Leaving Certificate Examination, 1916
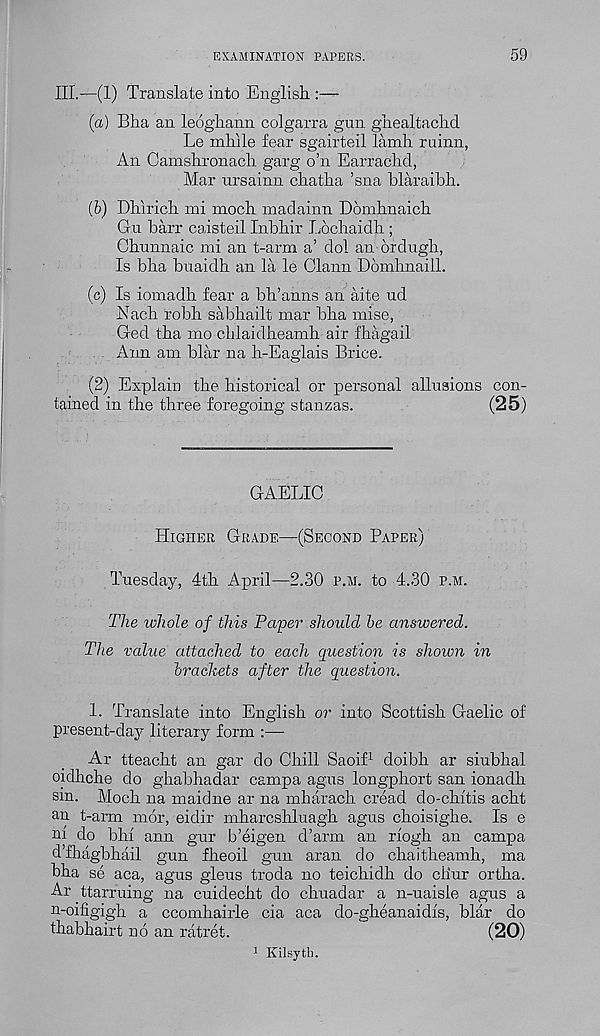
EXAMINATION PAPERS.
59
III.—(1) Translate into English.:—
(а) Bha an leoghann colgarra gun ghealtachd
Le mhile fear sgairteil lamh ruinn,
An Camshronach Igarg o’n Earrachd,
Mar ursainn chatha ’sna hlaraibh.
(б) Dhirich mi moch madainn Domhnaich
Gu barr caisteil Inbhir Lochaidh ;
Chunnaic mi an t-arm a’ dol an ordugh,
Is bha buaidh an la le Claim Domhnaill.
(c) Is iomadh fear a bh’anns an aite ud
Each robh sabhailt mar bha mise,
Ged tha mo chlaidheamh air fhagail
Ann am blar na h-Eaglais Brice.
(2) Explain the historical or personal allusions con-
tained in the three foregoing stanzas.
(25)
GAELIC
Higher Grade—(Second Paper)
Tuesday, 4th April—2.30 p.m. to 4.30 p.m.
The whole of this Pa'per should be answered.
The value attached to each question is shown in
brackets after the question.
1. Translate into English or into Scottish Gaelic of
present-day literary form :—-
Ar tteacht an gar do Chill Saoif 1 doibh ar siubhal
oidhche do ghabhadar campa agus longphort san ionadh
sm. Moch na maidne ar na mharach cread do-chitis acht
an t-arm mor, eidir mharcshluagh agus choisighe. Is e
m do bhi ann gur b’eigen d’arm an rlogh an campa
d’fbagbhail gun fheoil gun aran do chaitheamh, ma
bha se aca, agus glens troda no teichidh do ch'ur ortha.
Ar ttarruing na cuidecht do chuadar a n-uaisle agus a
n-oifigigh a ccomhairle cia aca do-gheanaidis, blar do
thabhairt no an ratret.
(20)
1 Kilsyth.